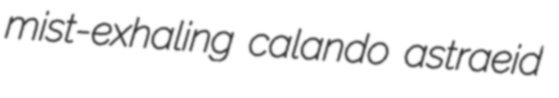
mist-exhaling calando astraeid